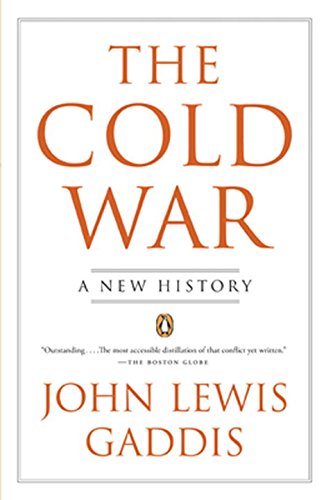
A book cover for The Cold War: A New History; John Lewis Gaddis; History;